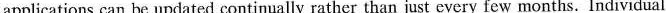
applications can be updated continually rather than just cvery few months. Individual